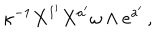
\kappa ^ { - 1 } X ^ { 1 ^ { \prime } } X ^ { a ^ { \prime } } \omega \wedge e ^ { a ^ { \prime } } \, ,